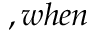
, w h e n